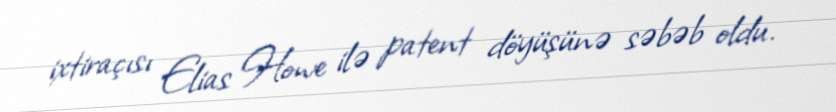
ixtiraçısı Elias Howe ilə patent döyüşünə səbəb oldu.